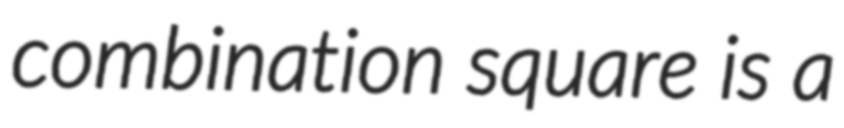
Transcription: combination square is a